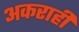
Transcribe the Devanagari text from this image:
अकराहीं